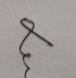
Signature authenticity: genuine